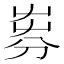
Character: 𡴚